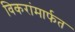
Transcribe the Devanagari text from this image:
विकरांमार्फत